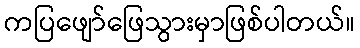
ကပြဖျော်ဖြေသွားမှာဖြစ်ပါတယ်။